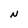
Character: N